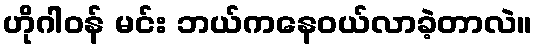
ဟိုဂါဝန် မင်း ဘယ်ကနေဝယ်လာခဲ့တာလဲ။